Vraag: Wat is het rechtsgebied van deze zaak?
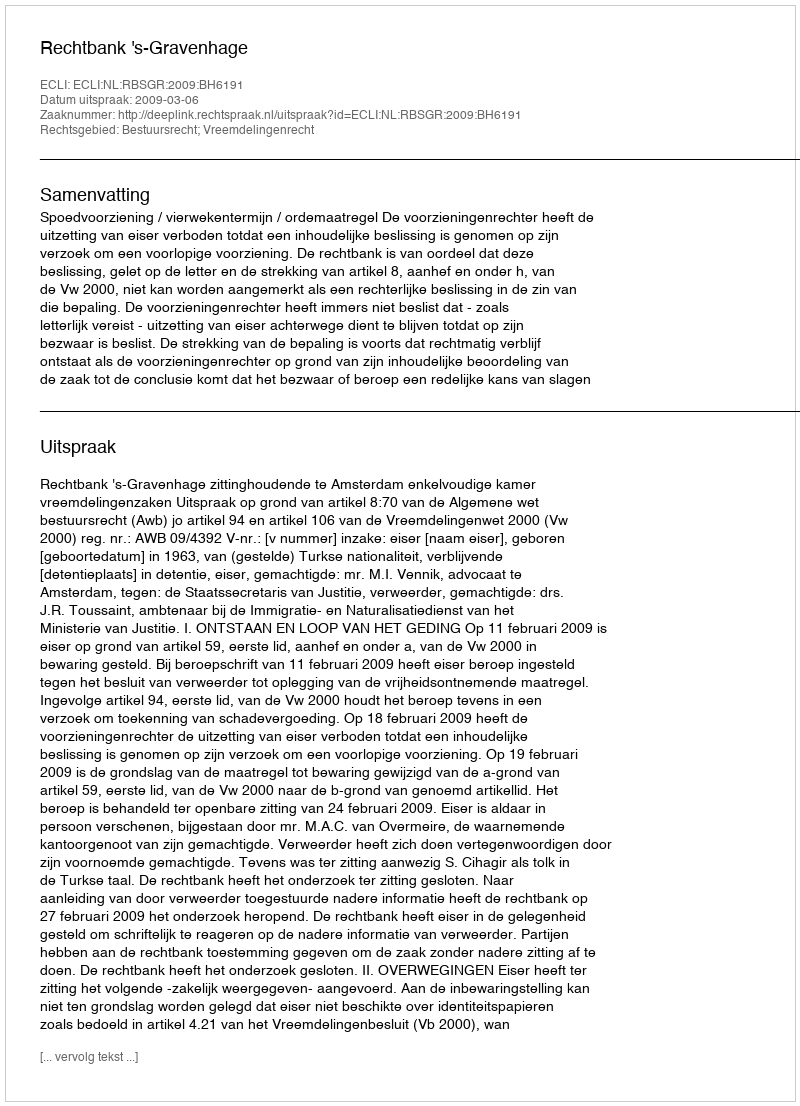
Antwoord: Bestuursrecht; Vreemdelingenrecht